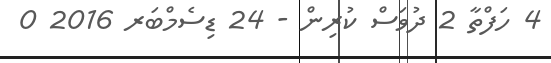
4 ހަފްތާ 2 ދުވަސް ކުރިން - 24 ޑިސެމްބަރ 2016 0